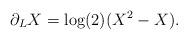
LaTeX: \begin{align*} \partial_L X = \log(2)(X^2-X).\end{align*}